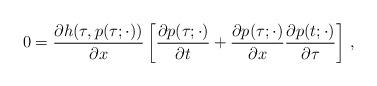
LaTeX: \begin{align*} 0 = \frac{\partial h(\tau, p(\tau; \cdot))}{\partial x}\left[ \frac{\partial p(\tau; \cdot)}{\partial t} + \frac{\partial p(\tau; \cdot)}{\partial x} \frac{\partial p(t;\cdot)}{\partial \tau} \right] \,, \end{align*}